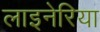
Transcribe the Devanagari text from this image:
लाइनेरिया